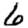
Digit: 6